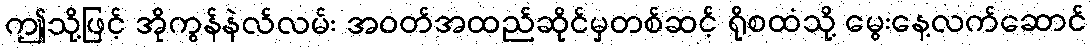
ဤသို့ဖြင့် အိုကွန်နဲလ်လမ်း အဝတ်အထည်ဆိုင်မှတစ်ဆင့် ရိုစထံသို့ မွေးနေ့လက်ဆောင်